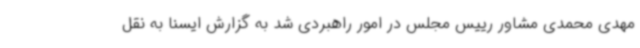
مهدی محمدی مشاور رییس مجلس در امور راهبردی شد به گزارش ایسنا به نقل